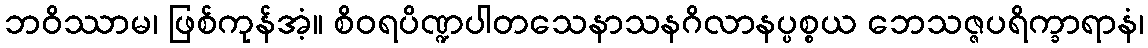
ဘဝိဿာမ၊ ဖြစ်ကုန်အံ့။ စိဝရပိဏ္ဍပါတသေနာသနဂိလာနပ္ပစ္စယ ဘေသဇ္ဇပရိက္ခာရာနံ၊